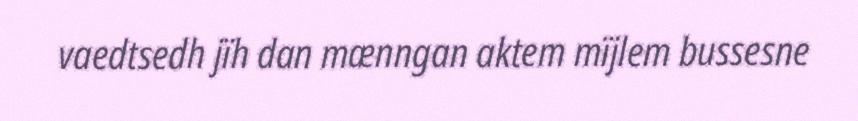
vaedtsedh jïh dan mænngan aktem mïjlem bussesne